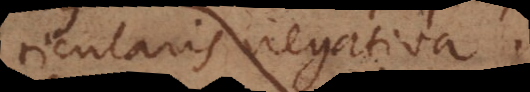
ticularis negativa.